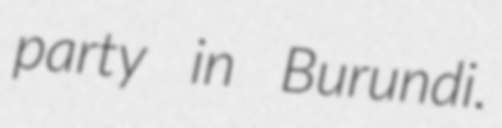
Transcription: party in Burundi.